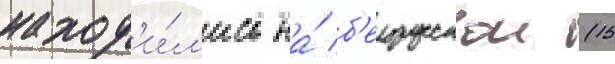
наход'и́л'ись на́ б'елорусскои (15